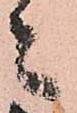
々